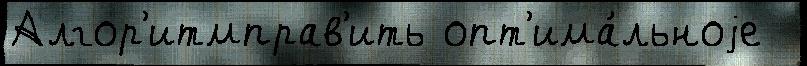
Алгор'итмправ'ить опт'има́льноjе